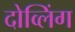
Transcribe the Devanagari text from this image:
दोव्लिंग